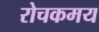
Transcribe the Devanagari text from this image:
रोचकमय